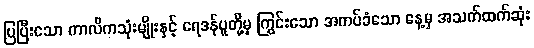
ပြပြီးသော ကာလိကသုံးမျိုးနှင့် ရေဒန်ပူတို့မှ ကြွင်းသော အကပ်ခံသော နေ့မှ အသက်ထက်ဆုံး